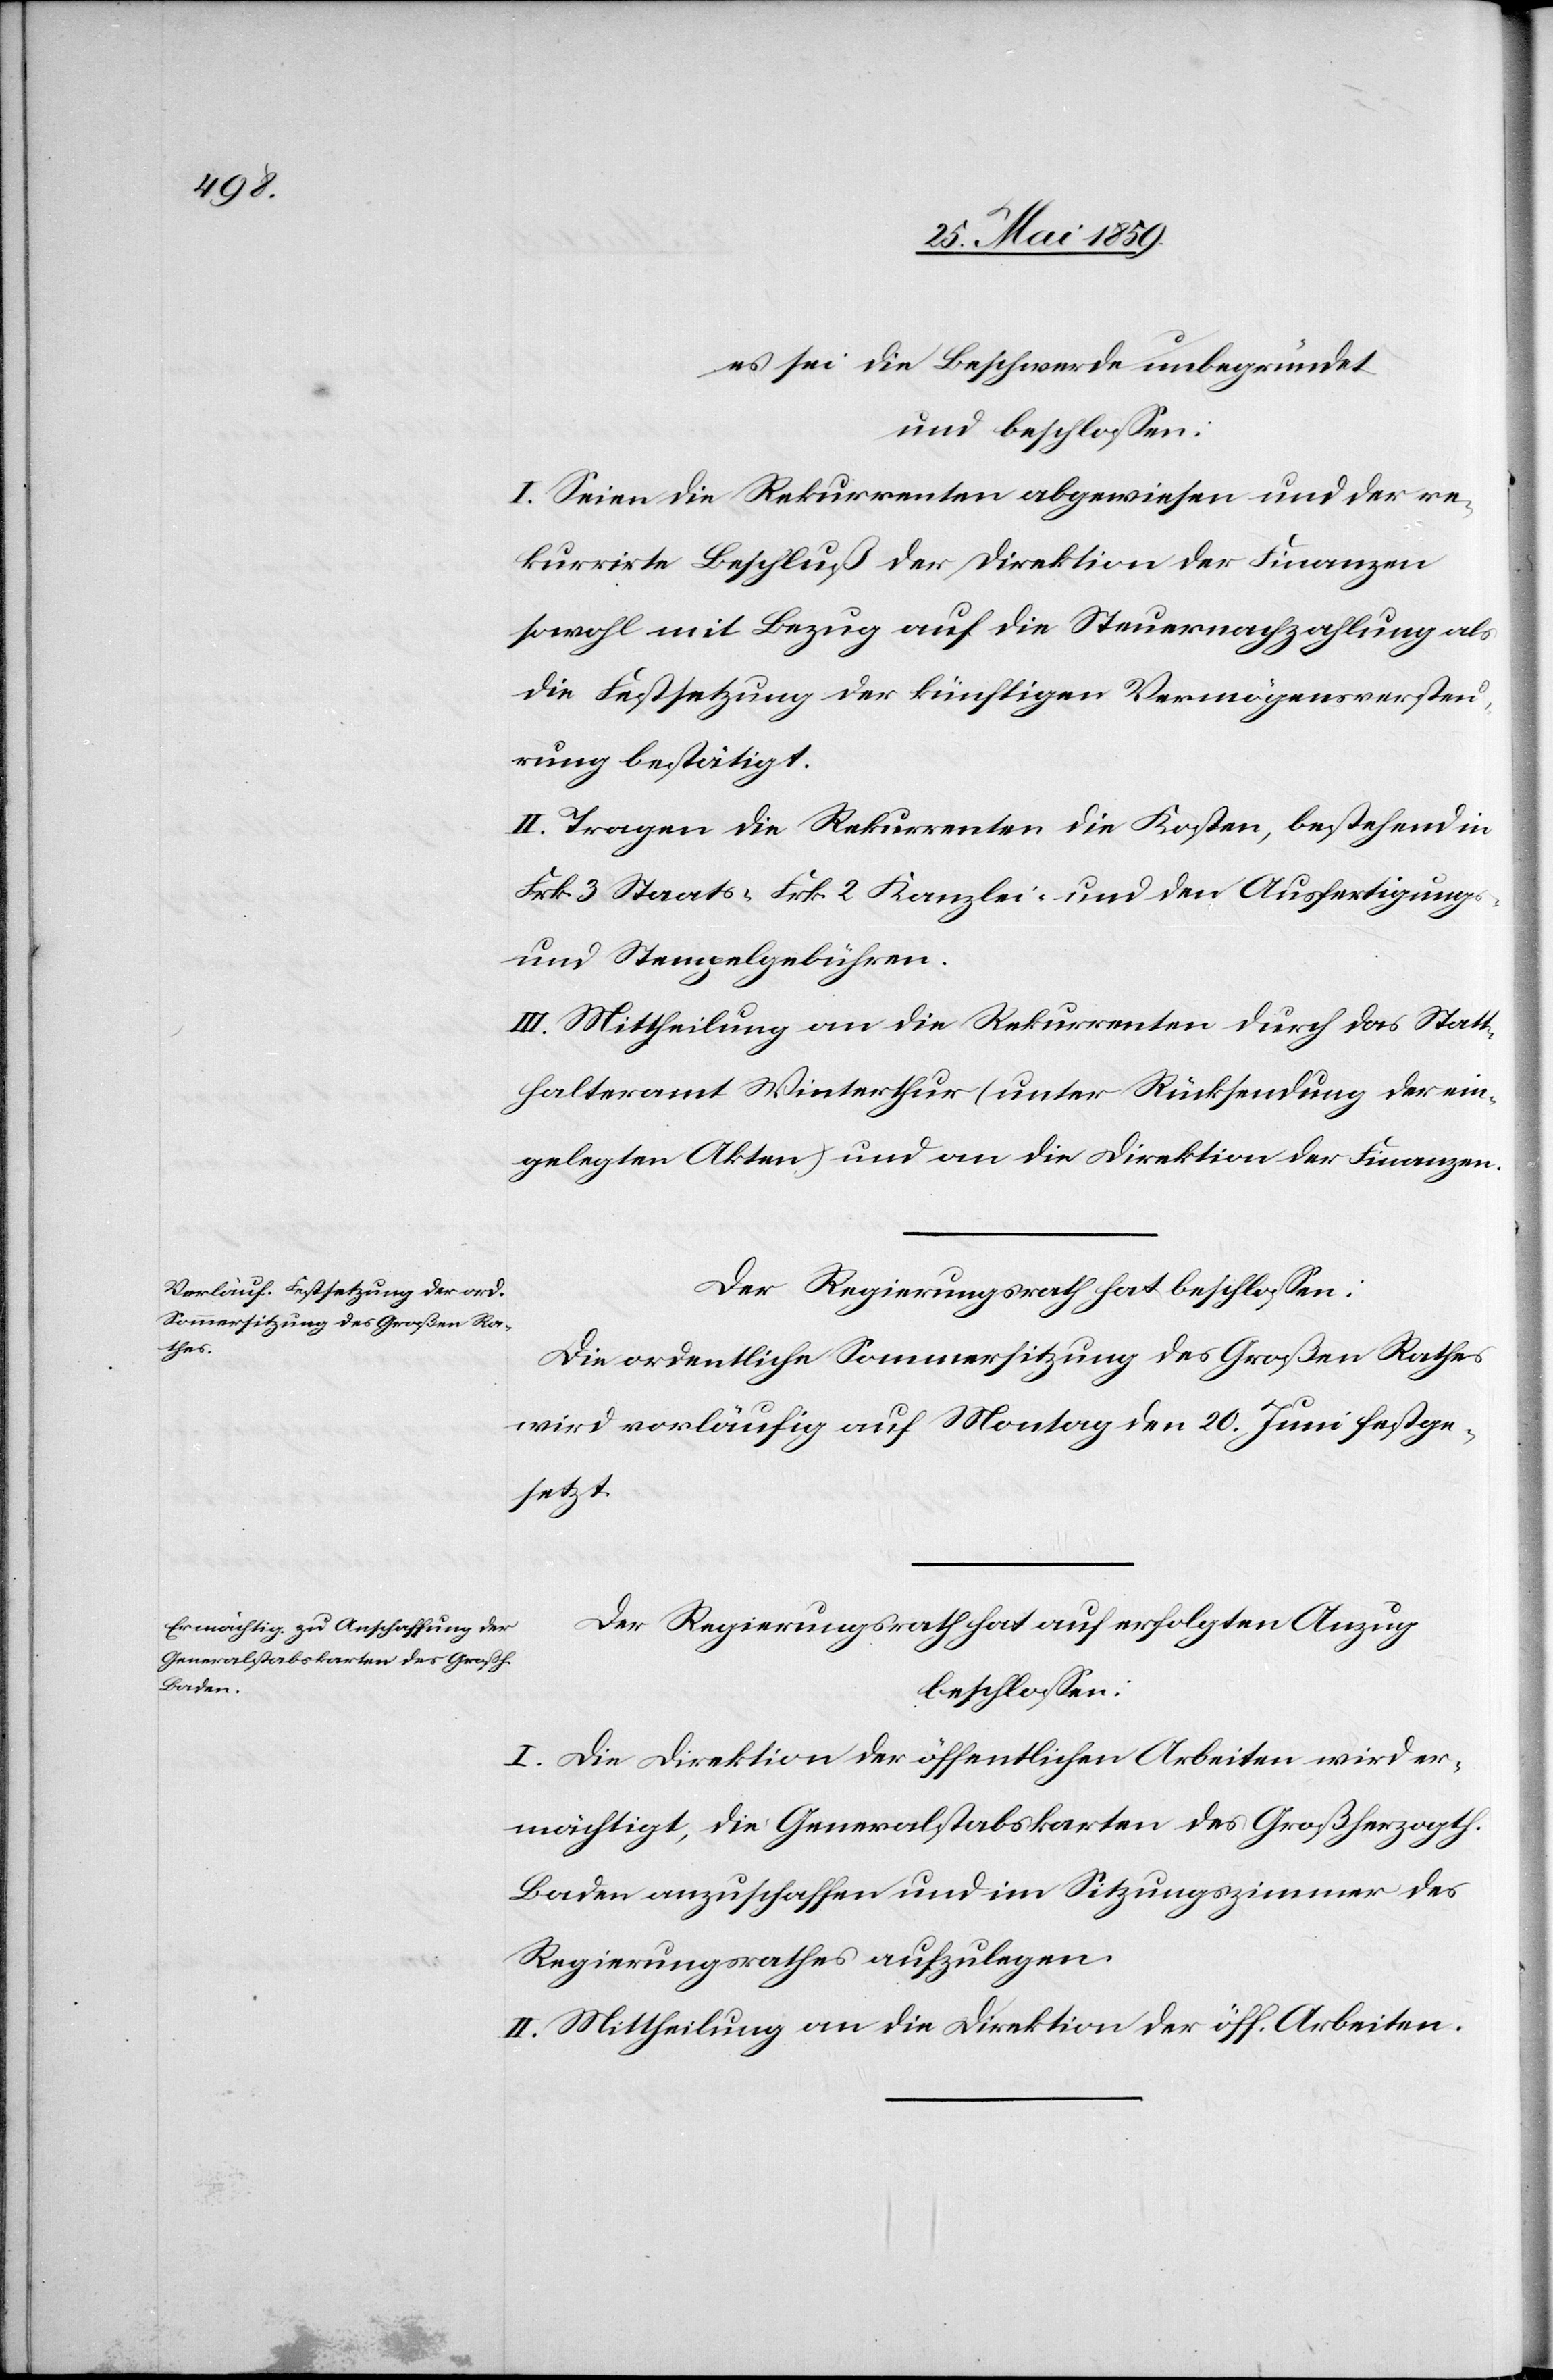
es sei die Beschwerde unbegründet
und beschlossen:
I. Seien die Rekurrenten abgewiesen und der re¬
kurrirte Beschluß der Direktion der Finanzen
sowohl mit Bezug auf die Steuernachzahlung als
die Festsetzung der künftigen Vermögensversteu¬
rung bestätigt.
II. Tragen die Rekurrenten die Kosten, bestehend in
Frk 3 Staats-[,] Frk 2 Kanzlei- und den Ausfertigungs-
und Stempelgebühren.
III. Mittheilung an die Rekurrenten durch das Statt¬
halteramt Winterthur (unter Rücksendung der ein¬
gelegten Akten) und an die Direktion der Finanzen.
Der Regierungsrath hat beschlossen:
Die ordentliche Sommersitzung des Großen Rathes
wird vorläufig auf Montag den 20. Juni festge¬
setzt.
Der Regierungsrath hat auf erfolgten Anzug
beschlossen:
I. Die Direktion der öffentlichen Arbeiten wird er¬
mächtigt, die Generalstabskarten des Großherzogth.
Baden anzuschaffen und im Sitzungszimmer des
Regierungsrathes aufzulegen.
II. Mittheilung an die Direktion der öff. Arbeiten.